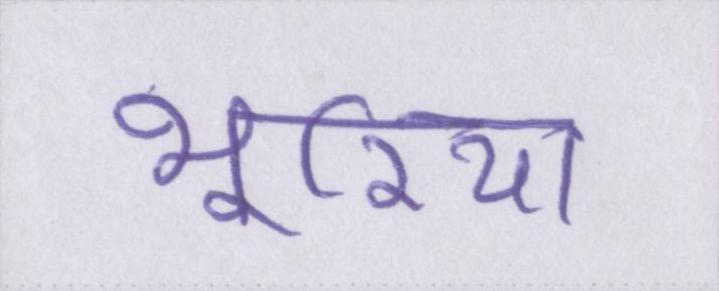
भूरिया